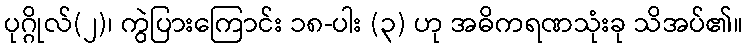
ပုဂ္ဂိုလ်(၂)၊ ကွဲပြားကြောင်း ၁၈-ပါး (၃) ဟု အဓိကရဏသုံးခု သိအပ်၏။